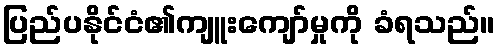
ပြည်ပနိုင်ငံ၏ကျူးကျော်မှုကို ခံရသည်။